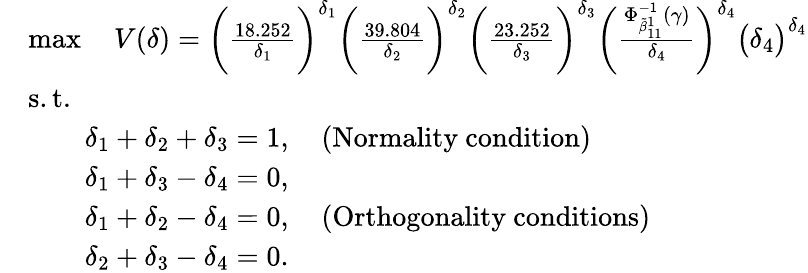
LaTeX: \begin{array}{rl}&{\operatorname*{max}\quad V(\delta)=\bigg(\frac{18.252}{{\delta_{1}}}\bigg)^{{\delta_{1}}}\bigg(\frac{39.804}{{\delta_{2}}}\bigg)^{{\delta_{2}}}\bigg(\frac{23.252}{{\delta_{3}}}\bigg)^{{\delta_{3}}}\bigg(\frac{\Phi_{\tilde{\beta}_{11}^{1}}^{-1}(\gamma)}{{\delta_{4}}}\bigg)^{{\delta_{4}}}\big(\delta_{4}\big)^{\delta_{4}}}\\ &{\mathrm{s.t.}}\\ &{\qquad\delta_{1}+\delta_{2}+\delta_{3}=1,\quad(\mathrm{Normality~condition})}\\ &{\qquad\delta_{1}+\delta_{3}-\delta_{4}=0,}\\ &{\qquad\delta_{1}+\delta_{2}-\delta_{4}=0,\quad(\mathrm{Orthogonality~conditions})}\\ &{\qquad\delta_{2}+\delta_{3}-\delta_{4}=0.}\end{array}